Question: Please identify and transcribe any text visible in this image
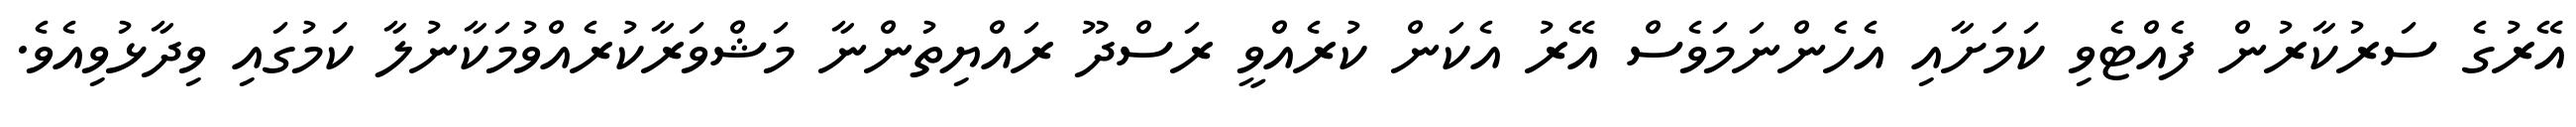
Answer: އޭރުގެ ސަރުކާރުން ފެއްޓެވި ކަމަށާއި އެހެންނަމަވެސް އޭރު އެކަން ކުރެއްވީ ރަސްދޫ ރައްޔިތުންނާ މަޝްވަރާކުރެއްވުމަކާނުލާ ކަމުގައި ވިދާޅުވިއެވެ.